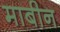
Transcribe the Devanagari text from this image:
माबीन